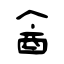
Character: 酓